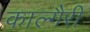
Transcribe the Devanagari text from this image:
काल्गैरी